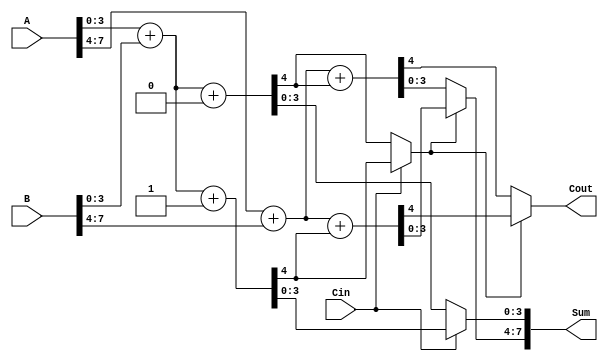
module ConditionalCarrySelectAdder(
    input [7:0] A,      // 8-bit input A
    input [7:0] B,      // 8-bit input B
    input Cin,          // Carry-in
    output [7:0] Sum,   // 8-bit Sum output
    output Cout         // Carry-out
);

    // Internal signals for the first and second segments
    wire [3:0] Sum0_0, Sum0_1, Sum1_0, Sum1_1; // Partial sums for segment 0 and 1
    wire Carry0_0, Carry0_1, Carry1_0, Carry1_1; // Partial carries for segment 0 and 1
    wire Carry0, Carry1; // Carry out from segment 0 and segment 1

    // Segment 0 (lower 4 bits)
    // Calculate partial sums and carries for segment 0 (A[3:0], B[3:0])
    assign {Carry0_0, Sum0_0} = A[3:0] + B[3:0] + 1'b0; // C_in = 0
    assign {Carry0_1, Sum1_0} = A[3:0] + B[3:0] + 1'b1; // C_in = 1

    // Segment 1 (upper 4 bits)
    // Calculate partial sums and carries for segment 1 (A[7:4], B[7:4])
    assign {Carry1_0, Sum0_1} = A[7:4] + B[7:4] + Carry0_0; // C_in = 0
    assign {Carry1_1, Sum1_1} = A[7:4] + B[7:4] + Carry0_1; // C_in = 1

    // Multiplexer to select the correct sum and carry for segment 0
    assign Carry0 = Cin ? Carry0_1 : Carry0_0;
    assign Sum[3:0] = Cin ? Sum1_0 : Sum0_0;

    // Multiplexer to select the correct sum and carry for segment 1
    assign Cout = Carry0 ? Carry1_1 : Carry1_0;
    assign Sum[7:4] = Carry0 ? Sum1_1 : Sum0_1;

endmodule